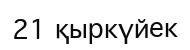
21 қыркүйек